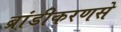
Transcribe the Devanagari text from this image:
ब्रांडीकरणसे